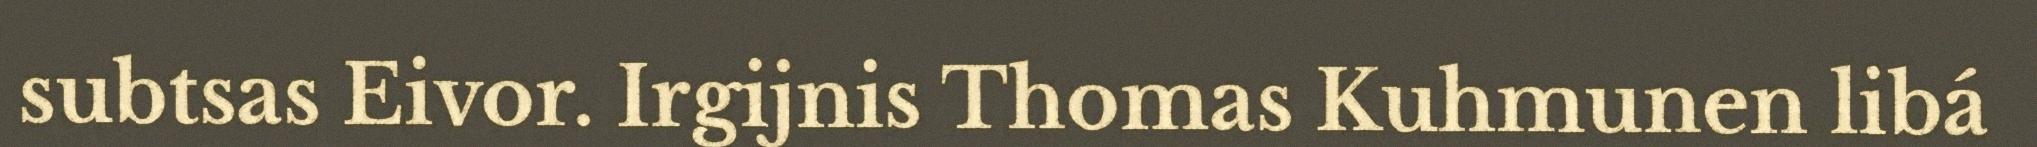
subtsas Eivor. Irgijnis Thomas Kuhmunen libá